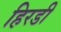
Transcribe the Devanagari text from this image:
हिरडी